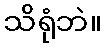
သိရုံဘဲ။